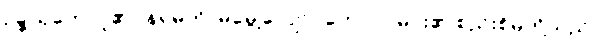
ဥဍ္ဍယှတေ၊ ပူ၏။ နရမတိ၊ မမွေ့လျော်။ ဘောဂါ၊ မင်း၏ စည်းစိမ်တို့သည်။